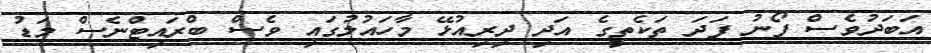
އަބަދުވެސް ފޯނު ފަދަ ތަކެތީގެ އަދި ދިރިއުޅޭ މާހައުލުގައި ވެސް ބްރައިޓްނެސް މަޑު